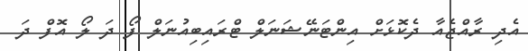
އެދި ރާއްޖެއާ ދެކޮޅަށް އިންޓަނޭޝަނަލް ޓްރައިބިއުނަލް ފޯ ދަ ލޯ އޮފް ދަ